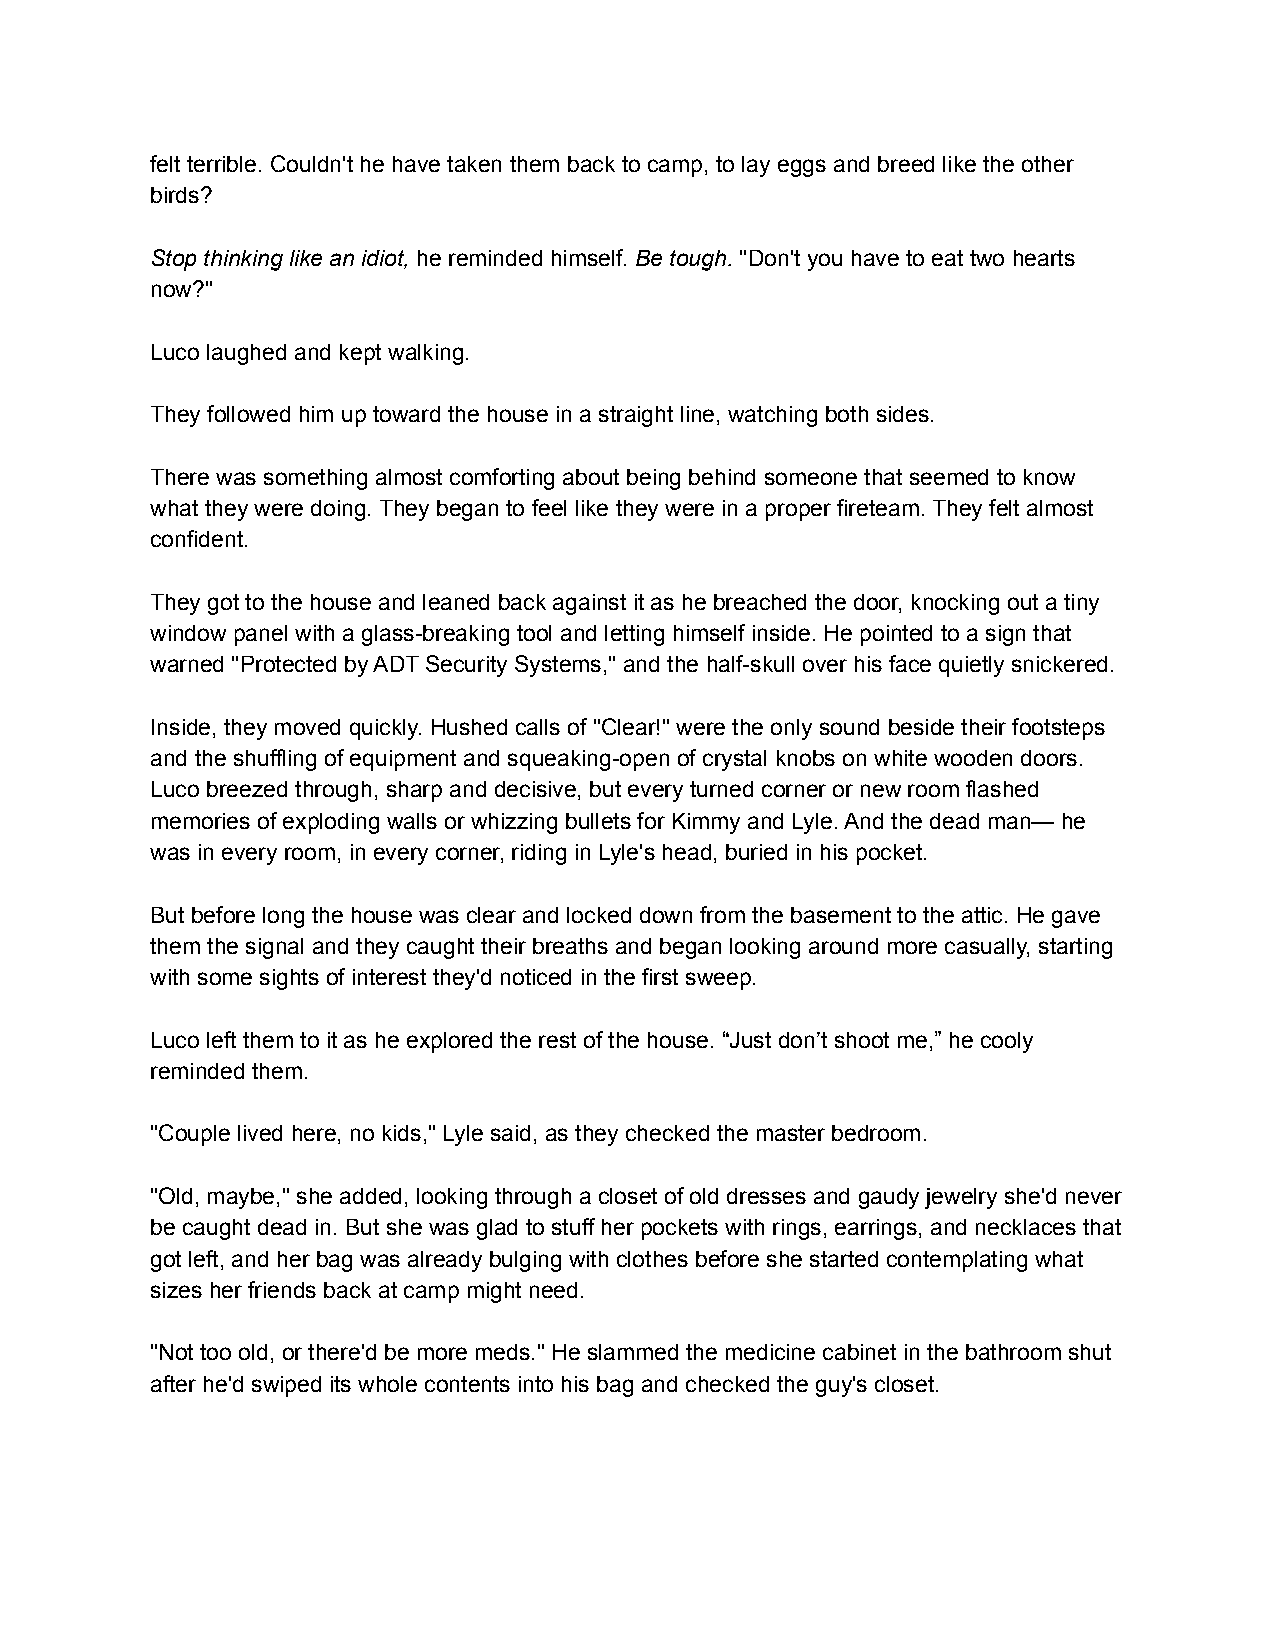
felt terrible. Couldn't he have taken them back to camp, to lay eggs and breed like the other
 birds?
 Stop thinking like an idiot, he reminded himself. Be tough. "Don't you have to eat two hearts
 now?"
 Luco laughed and kept walking.
 They followed him up toward the house in a straight line, watching both sides.
 There was something almost comforting about being behind someone that seemed to know
 what they were doing. They began to feel like they were in a proper fireteam. They felt almost
 confident.
 They got to the house and leaned back against it as he breached the door, knocking out a tiny
 window panel with a glass-breaking tool and letting himself inside. He pointed to a sign that
 warned "Protected by ADT Security Systems," and the half-skull over his face quietly snickered.
 Inside, they moved quickly. Hushed calls of "Clear!" were the only sound beside their footsteps
 and the shuffling of equipment and squeaking-open of crystal knobs on white wooden doors.
 Luco breezed through, sharp and decisive, but every turned corner or new room flashed
 memories of exploding walls or whizzing bullets for Kimmy and Lyle. And the dead man— he
 was in every room, in every corner, riding in Lyle's head, buried in his pocket.
 But before long the house was clear and locked down from the basement to the attic. He gave
 them the signal and they caught their breaths and began looking around more casually, starting
 with some sights of interest they'd noticed in the first sweep.
 Luco left them to it as he explored the rest of the house. “Just don’t shoot me,” he cooly
 reminded them.
 "Couple lived here, no kids," Lyle said, as they checked the master bedroom.
 "Old, maybe," she added, looking through a closet of old dresses and gaudy jewelry she'd never
 be caught dead in. But she was glad to stuff her pockets with rings, earrings, and necklaces that
 got left, and her bag was already bulging with clothes before she started contemplating what
 sizes her friends back at camp might need.
 "Not too old, or there'd be more meds." He slammed the medicine cabinet in the bathroom shut
 after he'd swiped its whole contents into his bag and checked the guy's closet.